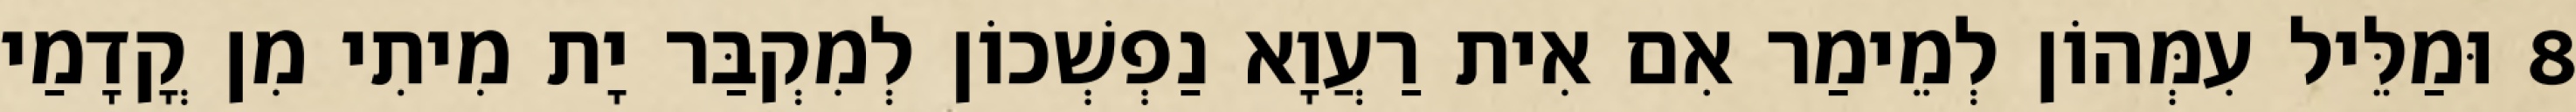
8 וּמַלֵּיל עִמְּהוֹן לְמֵימַר אִם אִית רַעֲוָא נַפְשְׁכוֹן לְמִקְבַּר יָת מִיתִי מִן קֳדָמַי